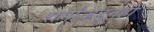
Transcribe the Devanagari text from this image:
शर्मांकडूनही